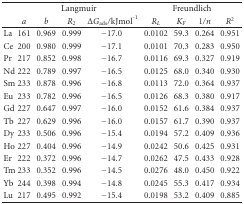
|  | <COLSPAN=4> Langmuir | <COLSPAN=4> Freundlich |
 |  | a | b | R2 | ΔGads/kJmol−1 | RL | KF | 1/n | R2 |
 | --- | --- | --- | --- | --- | --- | --- | --- | --- |
 | La | 161 | 0.969 | 0.999 | −17.0 | 0.0102 | 59.3 | 0.264 | 0.951 |
 | Ce | 200 | 0.980 | 0.999 | −17.1 | 0.0101 | 70.3 | 0.283 | 0.950 |
 | Pr | 217 | 0.852 | 0.998 | −16.7 | 0.0116 | 69.3 | 0.327 | 0.919 |
 | Nd | 222 | 0.789 | 0.997 | −16.5 | 0.0125 | 68.0 | 0.340 | 0.930 |
 | Sm | 233 | 0.878 | 0.996 | −16.8 | 0.0113 | 72.0 | 0.364 | 0.937 |
 | Eu | 233 | 0.782 | 0.996 | −16.5 | 0.0126 | 68.3 | 0.380 | 0.917 |
 | Gd | 227 | 0.647 | 0.997 | −16.0 | 0.0152 | 61.6 | 0.384 | 0.937 |
 | Tb | 227 | 0.629 | 0.996 | −16.0 | 0.0157 | 61.7 | 0.390 | 0.937 |
 | Dy | 233 | 0.506 | 0.996 | −15.4 | 0.0194 | 57.2 | 0.409 | 0.936 |
 | Ho | 227 | 0.404 | 0.996 | −14.9 | 0.0242 | 50.6 | 0.425 | 0.931 |
 | Er | 222 | 0.372 | 0.996 | −14.7 | 0.0262 | 47.5 | 0.433 | 0.928 |
 | Tm | 233 | 0.352 | 0.996 | −14.5 | 0.0276 | 48.0 | 0.450 | 0.922 |
 | Yb | 244 | 0.398 | 0.994 | −14.8 | 0.0245 | 55.3 | 0.417 | 0.934 |
 | Lu | 217 | 0.495 | 0.992 | −15.4 | 0.0198 | 53.2 | 0.409 | 0.885 |